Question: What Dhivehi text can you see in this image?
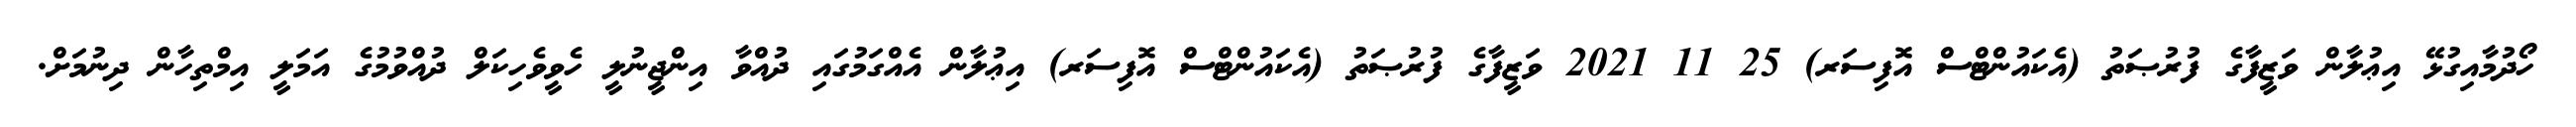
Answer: ހޯދުމާއިގުޅޭ އިޢުލާން ވަޒީފާގެ ފުރުޞަތު (އެކައުންޓްސް އޮފިސަރ) 25 11 2021 ވަޒީފާގެ ފުރުޞަތު (އެކައުންޓްސް އޮފިސަރ) އިޢުލާން އެއްގަމުގައި ދުއްވާ އިންޖީނުލީ ހެވީވެހިކަލް ދުއްވުމުގެ އަމަލީ އިމްތިހާން ދިނުމަށް.